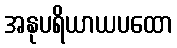
အနုပရိယာယပထော